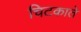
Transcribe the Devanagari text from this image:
चिटकाते